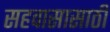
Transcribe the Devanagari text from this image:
सहवासासाठी